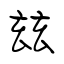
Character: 玆